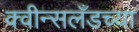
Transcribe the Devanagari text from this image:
क्वीन्सलँडच्या